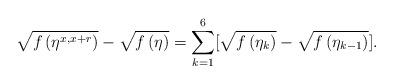
LaTeX: \begin{align*}\sqrt{f \left( \eta^{x,x+r} \right) } - \sqrt{f \left( \eta \right) } = \sum_{k=1}^{6} [\sqrt{f \left( \eta_{k} \right) } - \sqrt{f \left( \eta_{k-1} \right) }].\end{align*}